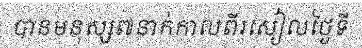
បានមនុស្ស៧នាក់កាលពីរសៀលថ្ងៃទី